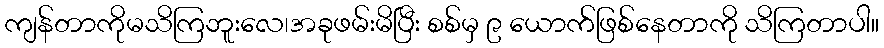
ကျန်တာကိုမသိကြဘူးလေ၊အခုဖမ်းမိပြီး စစ်မှ ၉ ယောက်ဖြစ်နေတာကို သိကြတာပါ။